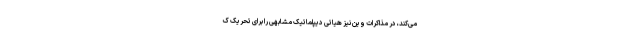
می‌کند، در مذاکرات وین نیز هیاتی دیپلماتیک مشابهی را برای تحریک ک